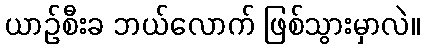
ယာဉ်စီးခ ဘယ်လောက် ဖြစ်သွားမှာလဲ။